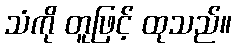
သံကို တူဖြင့် ထုသည်။